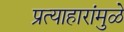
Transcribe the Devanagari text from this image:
प्रत्याहारांमुळे